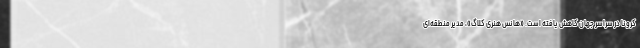
کرونا در سراسر جهان کاهش یافته است. «هانس هنری کلاگ»، مدیر منطقه‌ای